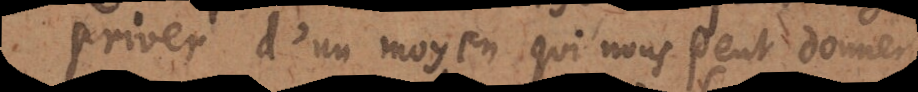
priver d’un moyen qui nous peut donner